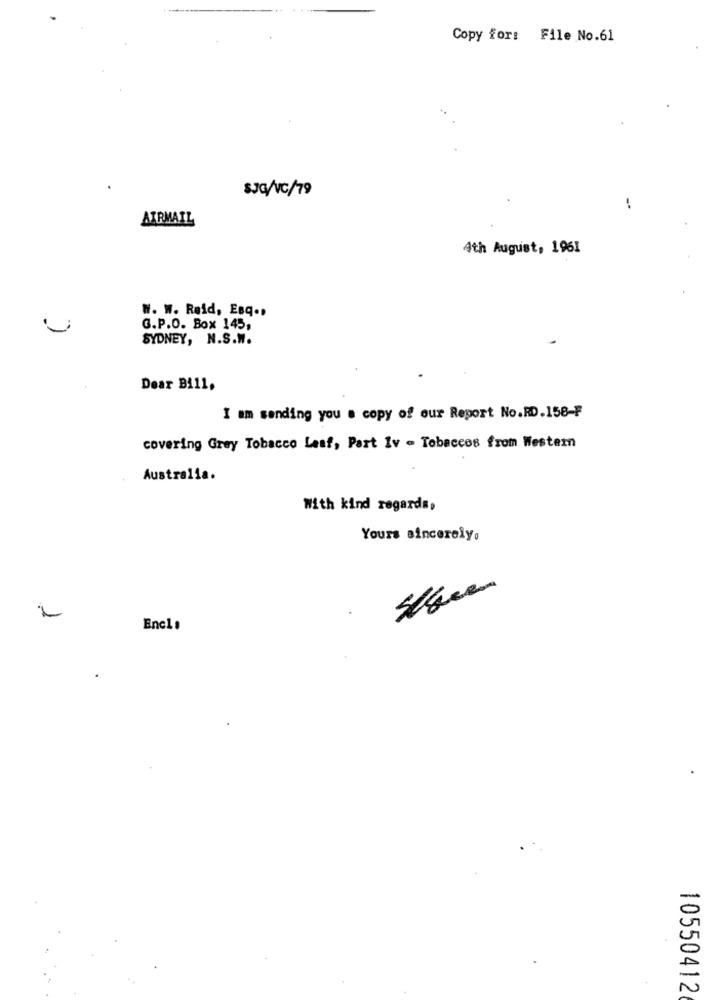
Copy for: File No.61
SJG/VC/79
AIRMAIL
4th August, 1961
W. W. Reid, Esq .,
G.P.O. Box 145,
SYDNEY, N.S.W.
Dear Bill,
I am sending you a copy of our Report No.RD.158-F
covering Grey Tobacco Lesf, Part Iv - Tobaccos from Western
Australia.
With kind regards,
Yours sincerely.
Segue
Encl :
.
10550412